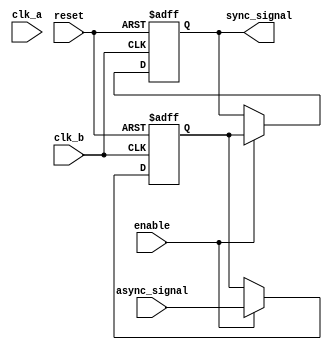
module SignalLevelCrossingSynchronizer(
    input wire async_signal,       // Input signal from source clock domain
    input wire clk_a,              // Source clock
    input wire clk_b,              // Destination clock
    input wire reset,              // Asynchronous reset signal
    input wire enable,             // Enable signal to control synchronization
    output reg sync_signal         // Synchronized output signal
);
    
    reg dff1_out;                 // Output of the first flip-flop in the synchronizer

    // DFF with reset and enable for the first stage
    always @(posedge clk_b or posedge reset) begin
        if (reset) begin
            dff1_out <= 1'b0;      // Asynchronous reset
        end else if (enable) begin
            dff1_out <= async_signal; // Sample async_signal at clk_b
        end
    end

    // DFF with reset and enable for the second stage
    always @(posedge clk_b or posedge reset) begin
        if (reset) begin
            sync_signal <= 1'b0;    // Asynchronous reset
        end else if (enable) begin
            sync_signal <= dff1_out; // Sample output of first DFF at clk_b
        end
    end

endmodule